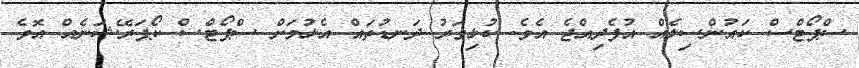
ސްޕޯޓްސް ކައުންސިލެއް އުފެދިއްޖެ އެވެ. ކުޅިވަރު ދަނޑުތައް އެޅުމަށް ސްޕޯޓްސް ކޯޕަރޭޝަނެއް އޮވެ